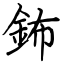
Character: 鈽